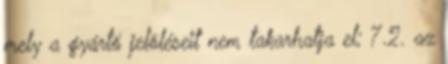
mely a gyártó jelöléseit nem takarhatja el; 7.2. az